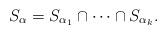
LaTeX: \begin{align*}S_\alpha = S_{\alpha_1} \cap \dots \cap S_{\alpha_k}.\end{align*}